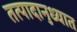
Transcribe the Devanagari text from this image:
तत्पादानुध्यात